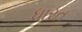
ધારત